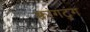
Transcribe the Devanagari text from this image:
क्वांगटुंग